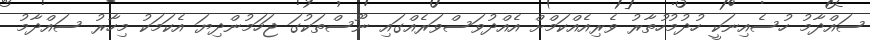
ސައްދާމު ހުސެއިނަކީ ހުދުމުހުތާރު ވެރިއެއްކަމްށް އެއްދުވަސްވަރެއްގައި ނޫސްތަކުގަ ޖަހަމުންދިޔަ އެކަމަކު މިހާރު ސައްދާމު